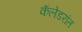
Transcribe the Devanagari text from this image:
कॅलेडरांत